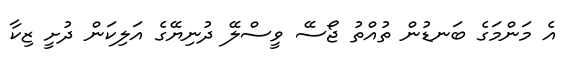
އެ މަންމަގެ ބަނޑުން ތުއްތު ޖޯސޭ ވީސްލޭ ދުނިޔޭގެ އަލިކަން ދުށީ ޒިކާ